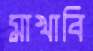
মাখাবি